Veski_algkool, lk 9
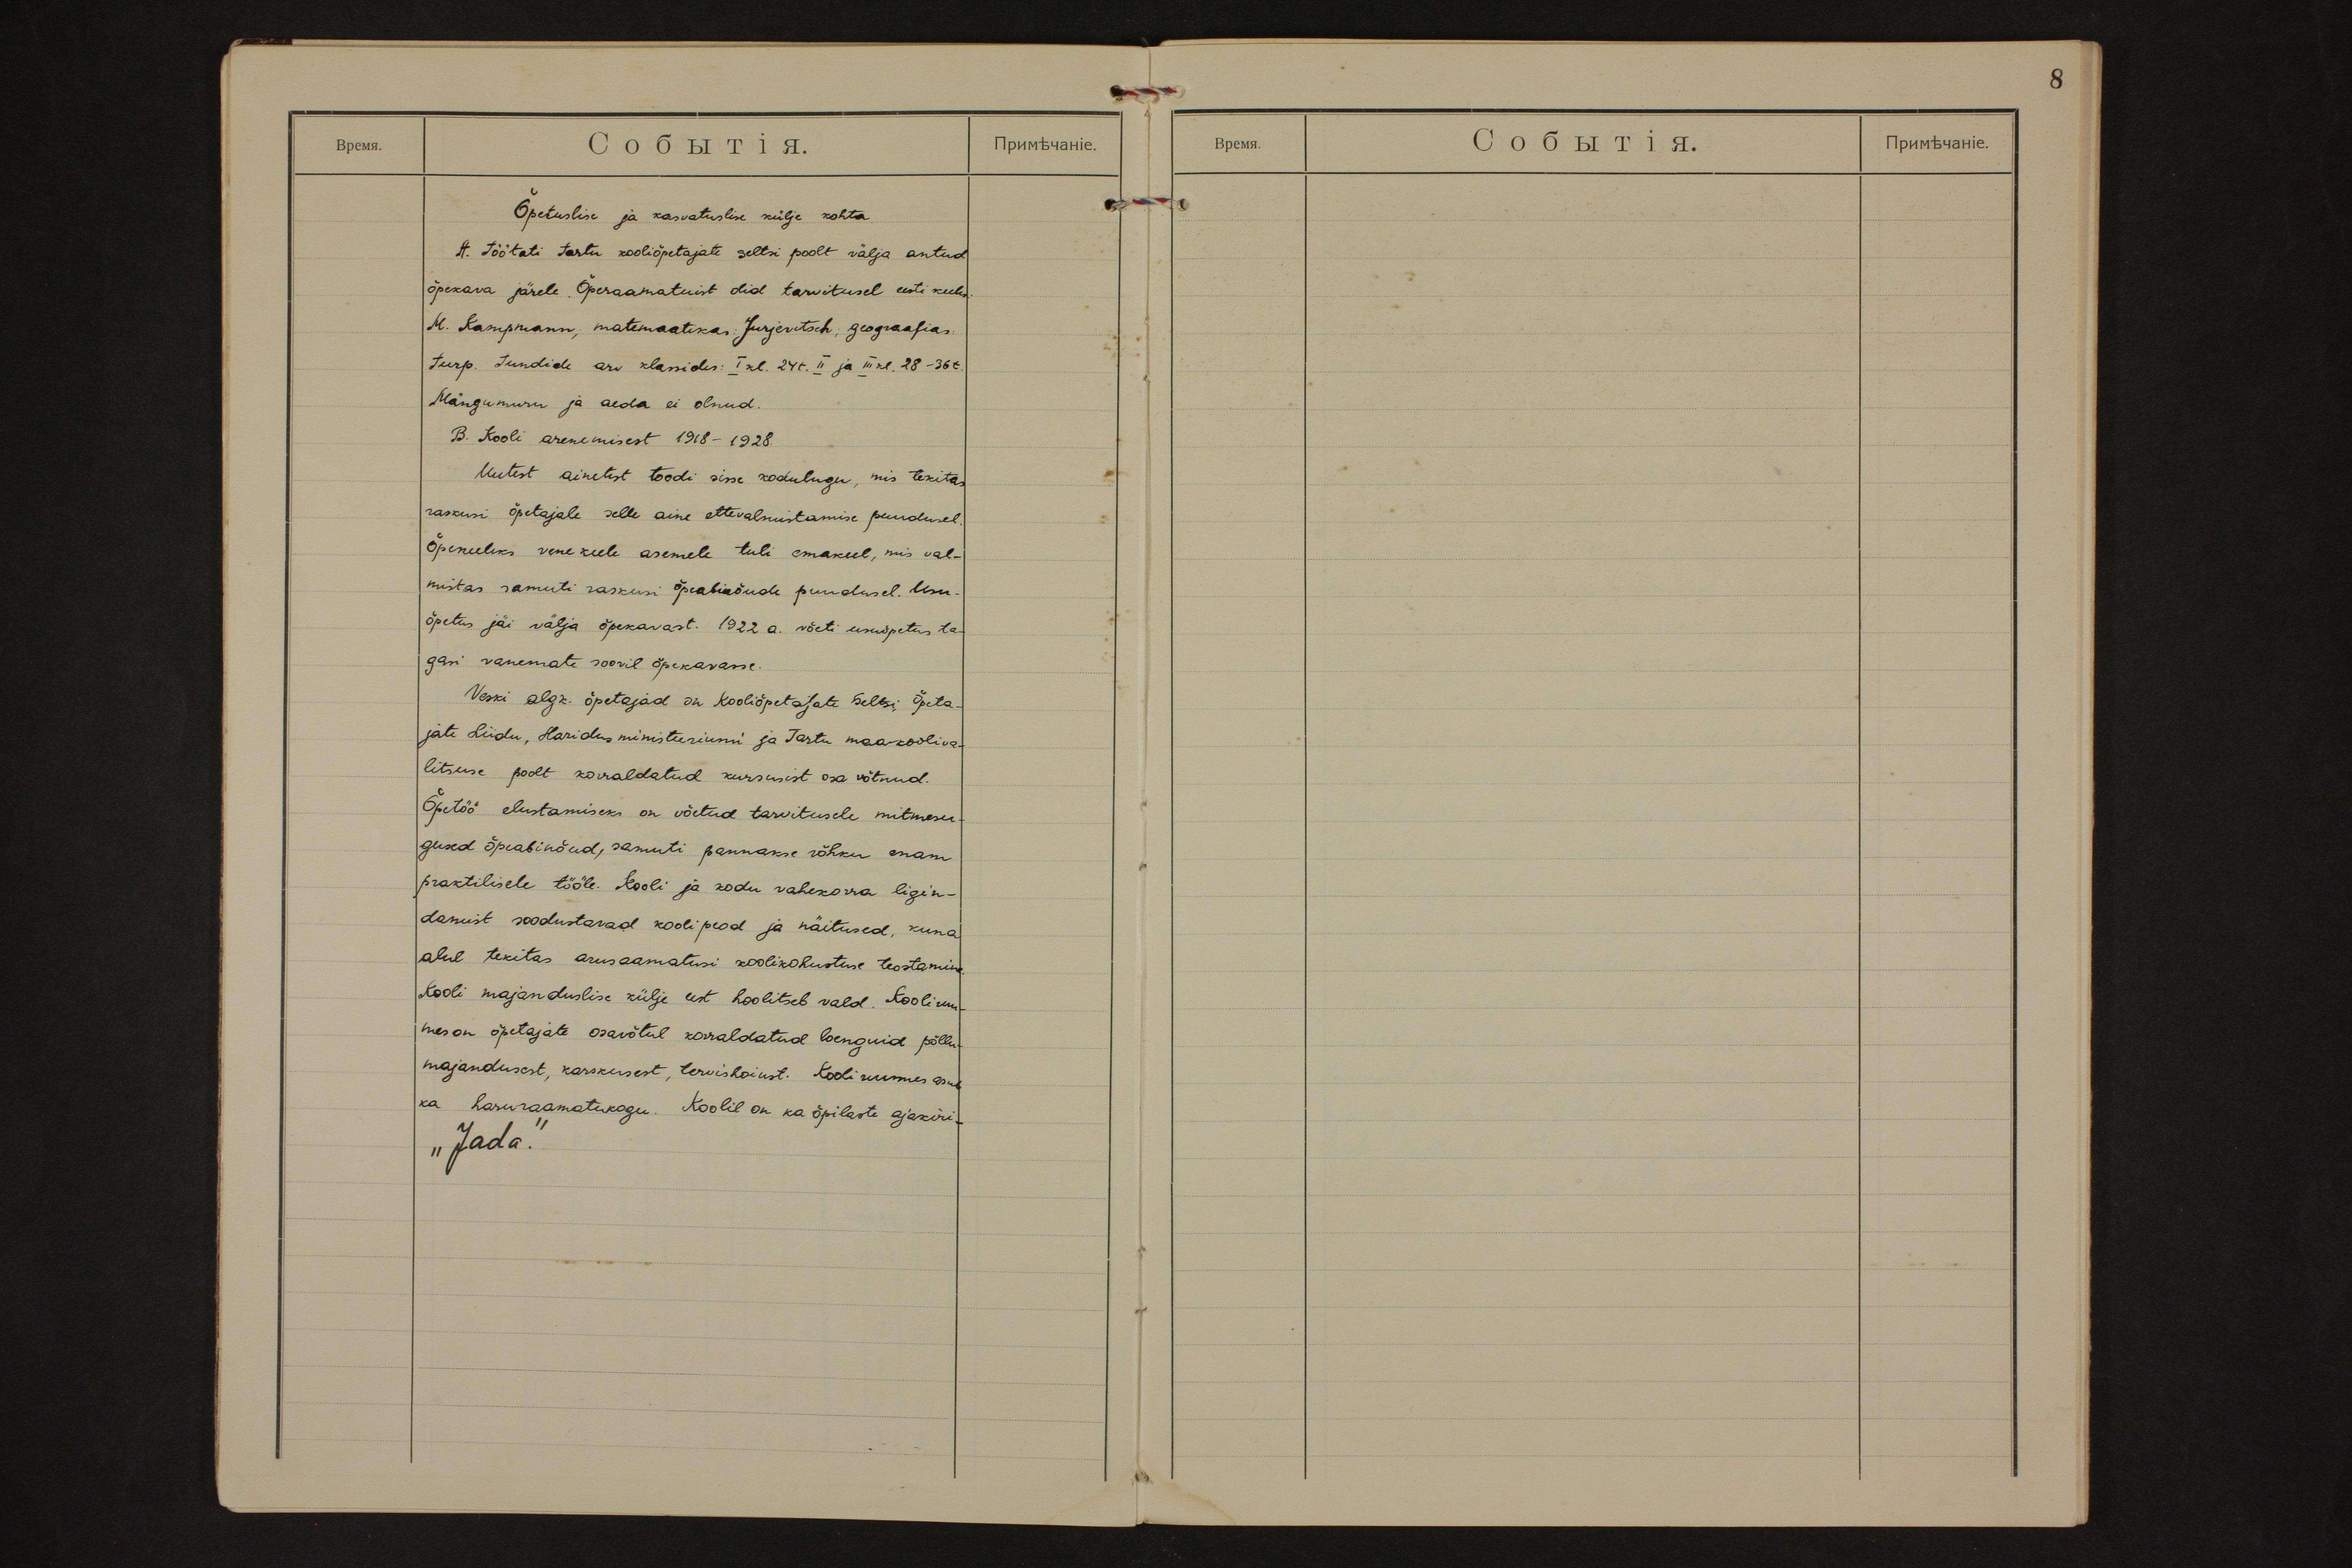
Õpetuslise ja kasvatuslise külje kohta.
A. töötati tartu kooliõpetajate seltsi poolt välja antud
õpekava järele. Õperaamatuist olid tarvitusel eesti keeles:
M. Kampmann; matemaatikas: Jurjevitsch; geograafias:
turp. tundide arv klassides: I kl. 24t. II ja III kl. 28-36t.
Mängumuru ja aeda ei olnud.
B. Kooli arenemisest 1918- 1928.
Uutest ainetest toodi sisse kodulugu, mis tekitas
raskusi õpetajale selle aine ettevalmistamise puudusel.
Õpekeeleks vene keele asemele tuli emakeel, mis val-
mistas samuti raskusi õpeabinõude puudusel. Usu-
õpetus jäi välja õpekavast. 1922 a. võeti usuõpetus ta-
gasi vanemate soovil õpekavasse.
Veski algk. õpetajad on Kooliõpetajate Seltsi, Õpeta-
jate Liidu, Haridusministeeriumi ja Tartu maakooliva-
litsuse poolt korraldatud kursusist osa võtnud.
Õpetöö elustamiseks on võetud tarvitusele mitmesu-
gused õpeabinõud, samuti pannakse rõhku enam
praktilisele tööle. Kooli ja kodu vahekorra ligin-
damist soodustavad koolipeod ja näitused, kuna
alul tekitas arusaamatusi koolikohustuse teostamine.
Kooli majanduslise külje eest hoolitseb vald. Kooliruu-
mes on õpetajate osavõtul korraldatud loenguid põllu-
majandusest, karskusest, tervishoiust. Kooliruumes asub
ka haruraamatukogu. Koolil on ka õpilaste ajakiri-
"Jada."